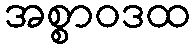
အစ္စာဝဒထ